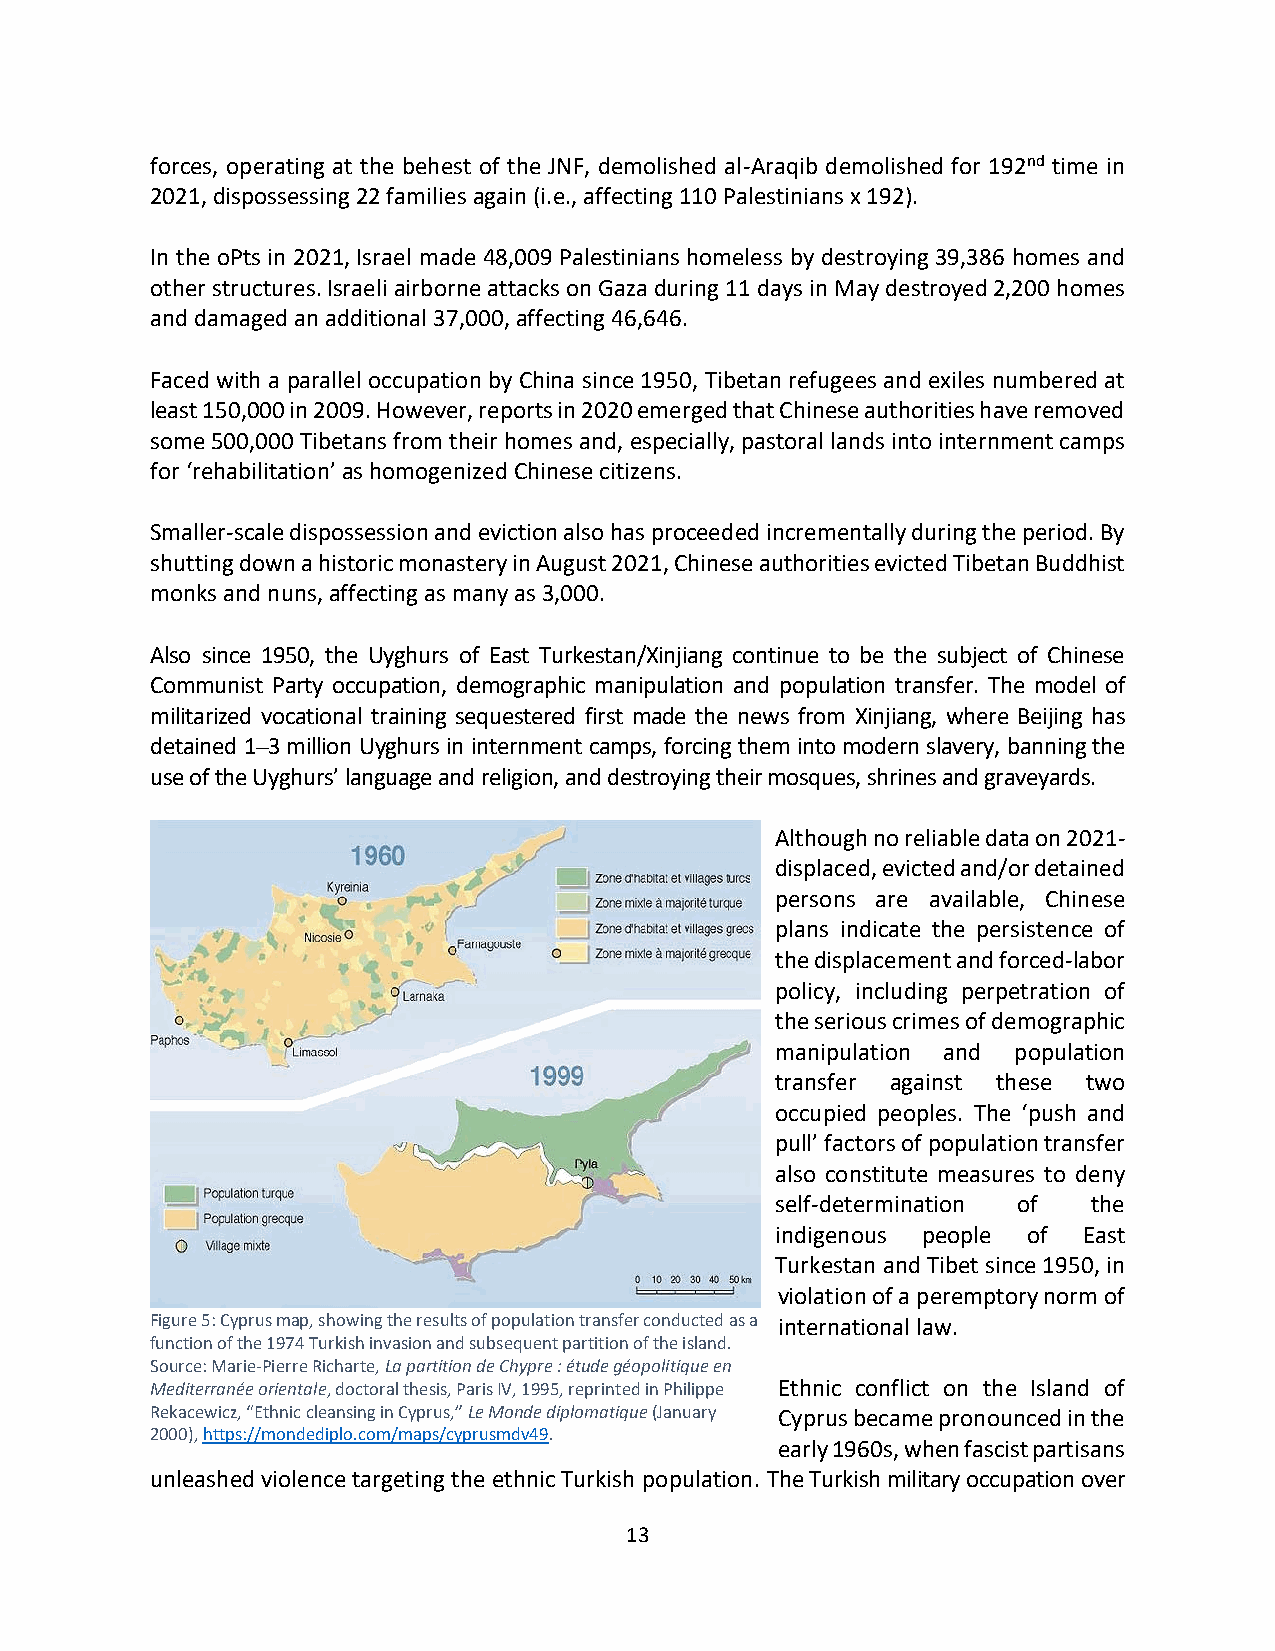
forces, operating at the behest of the JNF, demolished al-Araqib demolished for 192nd time in
 2021, dispossessing 22 families again (i.e., affecting 110 Palestinians x 192).
 In the oPts in 2021, Israel made 48,009 Palestinians homeless by destroying 39,386 homes and
 other structures. Israeli airborne attacks on Gaza during 11 days in May destroyed 2,200 homes
 and damaged an additional 37,000, affecting 46,646.
 Faced with a parallel occupation by China since 1950, Tibetan refugees and exiles numbered at
 least 150,000 in 2009. However, reports in 2020 emerged that Chinese authorities have removed
 some 500,000 Tibetans from their homes and, especially, pastoral lands into internment camps
 for ‘rehabilitation’ as homogenized Chinese citizens.
 Smaller-scale dispossession and eviction also has proceeded incrementally during the period. By
 shutting down a historic monastery in August 2021, Chinese authorities evicted Tibetan Buddhist
 monks and nuns, affecting as many as 3,000.
 Also since 1950, the Uyghurs of East Turkestan/Xinjiang continue to be the subject of Chinese
 Communist Party occupation, demographic manipulation and population transfer. The model of
 militarized vocational training sequestered first made the news from Xinjiang, where Beijing has
 detained 1–3 million Uyghurs in internment camps, forcing them into modern slavery, banning the
 use of the Uyghurs’ language and religion, and destroying their mosques, shrines and graveyards.
 Although no reliable data on 2021-
 displaced, evicted and/or detained
 persons are available, Chinese
 plans indicate the persistence of
 the displacement and forced-labor
 policy, including perpetration of
 the serious crimes of demographic
 manipulation and population
 transfer against these two
 occupied peoples. The ‘push and
 pull’ factors of population transfer
 also constitute measures to deny
 self-determination of the
 indigenous people of East
 Turkestan and Tibet since 1950, in
 violation of a peremptory norm of
 Figure 5: Cyprus map, showing the results of population transfer conducted as a international law.
 function of the 1974 Turkish invasion and subsequent partition of the island.
 Source: Marie-Pierre Richarte, La partition de Chypre : étude géopolitique en
 Mediterranée orientale, doctoral thesis, Paris IV, 1995, reprinted in Philippe Ethnic conflict on the Island of
 Rekacewicz, “Ethnic cleansing in Cyprus,” Le Monde diplomatique (January Cyprus became pronounced in the
 2000), https://mondediplo.com/maps/cyprusmdv49.
 early 1960s, when fascist partisans
 unleashed violence targeting the ethnic Turkish population. The Turkish military occupation over
 13